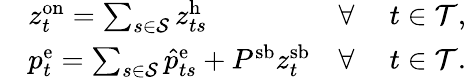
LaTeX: \begin{array}{rlrl}&{z_{t}^{\mathrm{{on}}}=\sum_{s\in\mathcal{S}}z_{ts}^{\mathrm{h}}}&{\forall~}&{t\in\mathcal{T},}\\ &{p_{t}^{\mathrm{{e}}}=\sum_{s\in\mathcal{S}}\hat{p}_{ts}^{\mathrm{e}}+P^{\mathrm{{sb}}}z_{t}^{\mathrm{sb}}}&{\forall~}&{t\in\mathcal{T}.}\end{array}